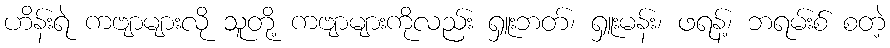
ဟိန်းရဲ ကဗျာများလို သူတို့ ကဗျာများကိုလည်း ရှူးဘတ်၊ ရှူးမန်း၊ ဖရန့်၊ ဘရမ်းစ် စတဲ့